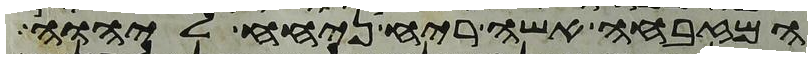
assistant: המזבחה אשה ריח ניחח ליהוה